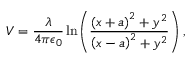
V = \frac { \lambda } { 4 \pi \epsilon _ { 0 } } \ln \! \left( \frac { { \left( x + a \right) ^ { 2 } + y ^ { 2 } } } { { \left( x - a \right) ^ { 2 } + y ^ { 2 } } } \right) ,